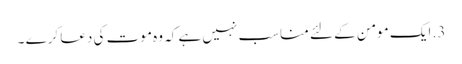
3. ایک مومن کے لئے مناسب نہیں ہے کہ وہ موت کی دعا کرے ۔